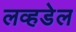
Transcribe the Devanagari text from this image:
लव्हडेल